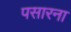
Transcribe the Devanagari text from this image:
पसारना